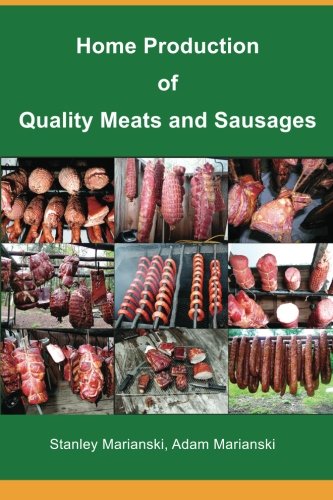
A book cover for Home Production of Quality Meats and Sausages; Stanley Marianski; Cookbooks, Food & Wine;